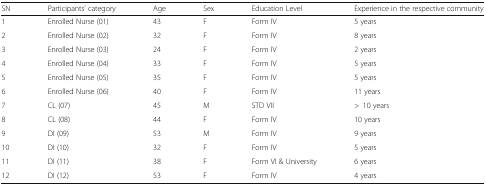
<table><thead><tr><td><b>SN</b></td><td><b>Participants’ category</b></td><td><b>Age</b></td><td><b>Sex</b></td><td><b>Education Level</b></td><td><b>Experience in the respective community</b></td></tr></thead><tbody><tr><td>1</td><td>Enrolled Nurse (01)</td><td>43</td><td>F</td><td>Form IV</td><td>5 years</td></tr><tr><td>2</td><td>Enrolled Nurse (02)</td><td>32</td><td>F</td><td>Form IV</td><td>8 years</td></tr><tr><td>3</td><td>Enrolled Nurse (03)</td><td>24</td><td>F</td><td>Form IV</td><td>2 years</td></tr><tr><td>4</td><td>Enrolled Nurse (04)</td><td>33</td><td>F</td><td>Form IV</td><td>5 years</td></tr><tr><td>5</td><td>Enrolled Nurse (05)</td><td>35</td><td>F</td><td>Form IV</td><td>5 years</td></tr><tr><td>6</td><td>Enrolled Nurse (06)</td><td>40</td><td>F</td><td>Form IV</td><td>11 years</td></tr><tr><td>7</td><td>CL (07)</td><td>45</td><td>M</td><td>STD VII</td><td>&gt;10 years</td></tr><tr><td>8</td><td>CL (08)</td><td>44</td><td>F</td><td>Form IV</td><td>10 years</td></tr><tr><td>9</td><td>DI (09)</td><td>53</td><td>M</td><td>Form IV</td><td>9 years</td></tr><tr><td>10</td><td>DI (10)</td><td>32</td><td>F</td><td>Form IV</td><td>5 years</td></tr><tr><td>11</td><td>DI (11)</td><td>38</td><td>F</td><td>Form VI &amp; University</td><td>6 years</td></tr><tr><td>12</td><td>DI (12)</td><td>53</td><td>F</td><td>Form IV</td><td>4 years</td></tr></tbody></table>